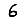
Digit: 6